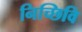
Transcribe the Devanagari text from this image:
निच्छिवि